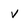
Character: V